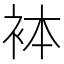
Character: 𧙄